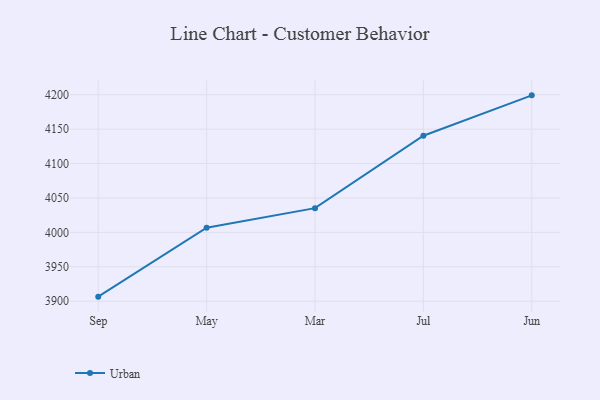
{"axis": {"x": "Month", "y": "Tickets Resolved"}, "legend": ["Urban"], "data": [{"x": "Sep", "y": 3906.6, "type": "Urban"}, {"x": "May", "y": 4006.8, "type": "Urban"}, {"x": "Mar", "y": 4035.2, "type": "Urban"}, {"x": "Jul", "y": 4140.4, "type": "Urban"}, {"x": "Jun", "y": 4199.1, "type": "Urban"}]}